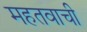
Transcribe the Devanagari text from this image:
महतवाची